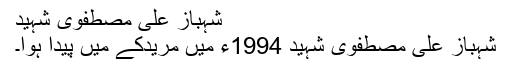
شہباز علی مصطفوی شہید
شہباز علی مصطفوی شہید 1994ء میں مریدکے میں پیدا ہوا۔